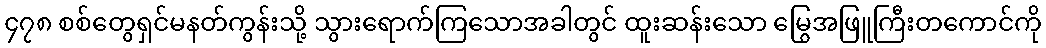
၄၇၈ စစ်တွေရှင်မနတ်ကွန်းသို့ သွားရောက်ကြသောအခါတွင် ထူးဆန်းသော မြွေအဖြူကြီးတကောင်ကို